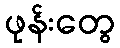
ဖုန်းတွေ